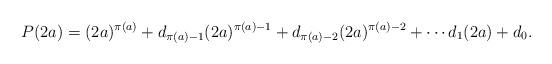
LaTeX: \begin{align*}P(2a) = (2a)^{\pi(a)} + d_{\pi(a) - 1}(2a)^{\pi(a) - 1} + d_{\pi(a) - 2}(2a)^{\pi(a) - 2} + \cdots d_1(2a) + d_0.\end{align*}